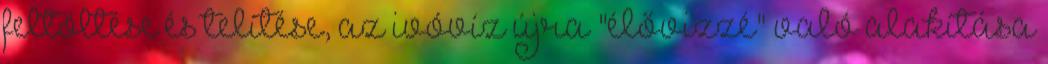
feltöltése és telítése, az ivóvíz újra "élővizzé" való alakítása